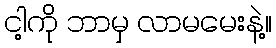
ငါ့ကို ဘာမှ လာမမေးနဲ့။